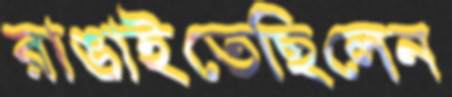
রাঙাইতেছিলেন